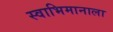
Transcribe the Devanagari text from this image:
स्वाभिमानाला